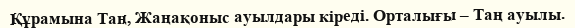
Құрамына Таң, Жаңақоныс ауылдары кіреді. Орталығы – Таң ауылы.